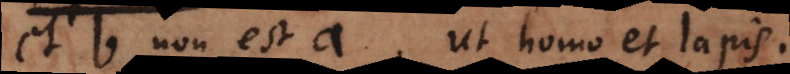
et b non est a, ut homo et lapis.